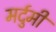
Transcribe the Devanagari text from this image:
मर्दुमी